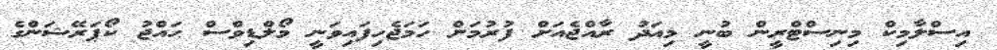
އިސްލާމިކް މިނިސްޓްރީން ބުނީ މިއަދު ރާއްޖެއަށް ފުރުމަށް ހަމަޖެހިފައިވަނީ މޯލްޑިވްސް ޙައްޖު ކޯޕަރޭޝަންގެ